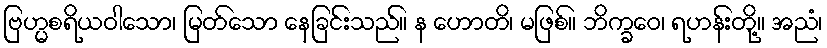
ဗြဟ္မစရိယဝါသော၊ မြတ်သော နေခြင်းသည်။ န ဟောတိ၊ မဖြစ်။ ဘိက္ခဝေ၊ ရဟန်းတို့။ အညံ၊